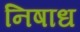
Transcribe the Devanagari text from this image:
निषाध